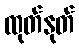
ထုတ်နုတ်